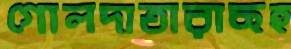
গোলদাতারাছহ